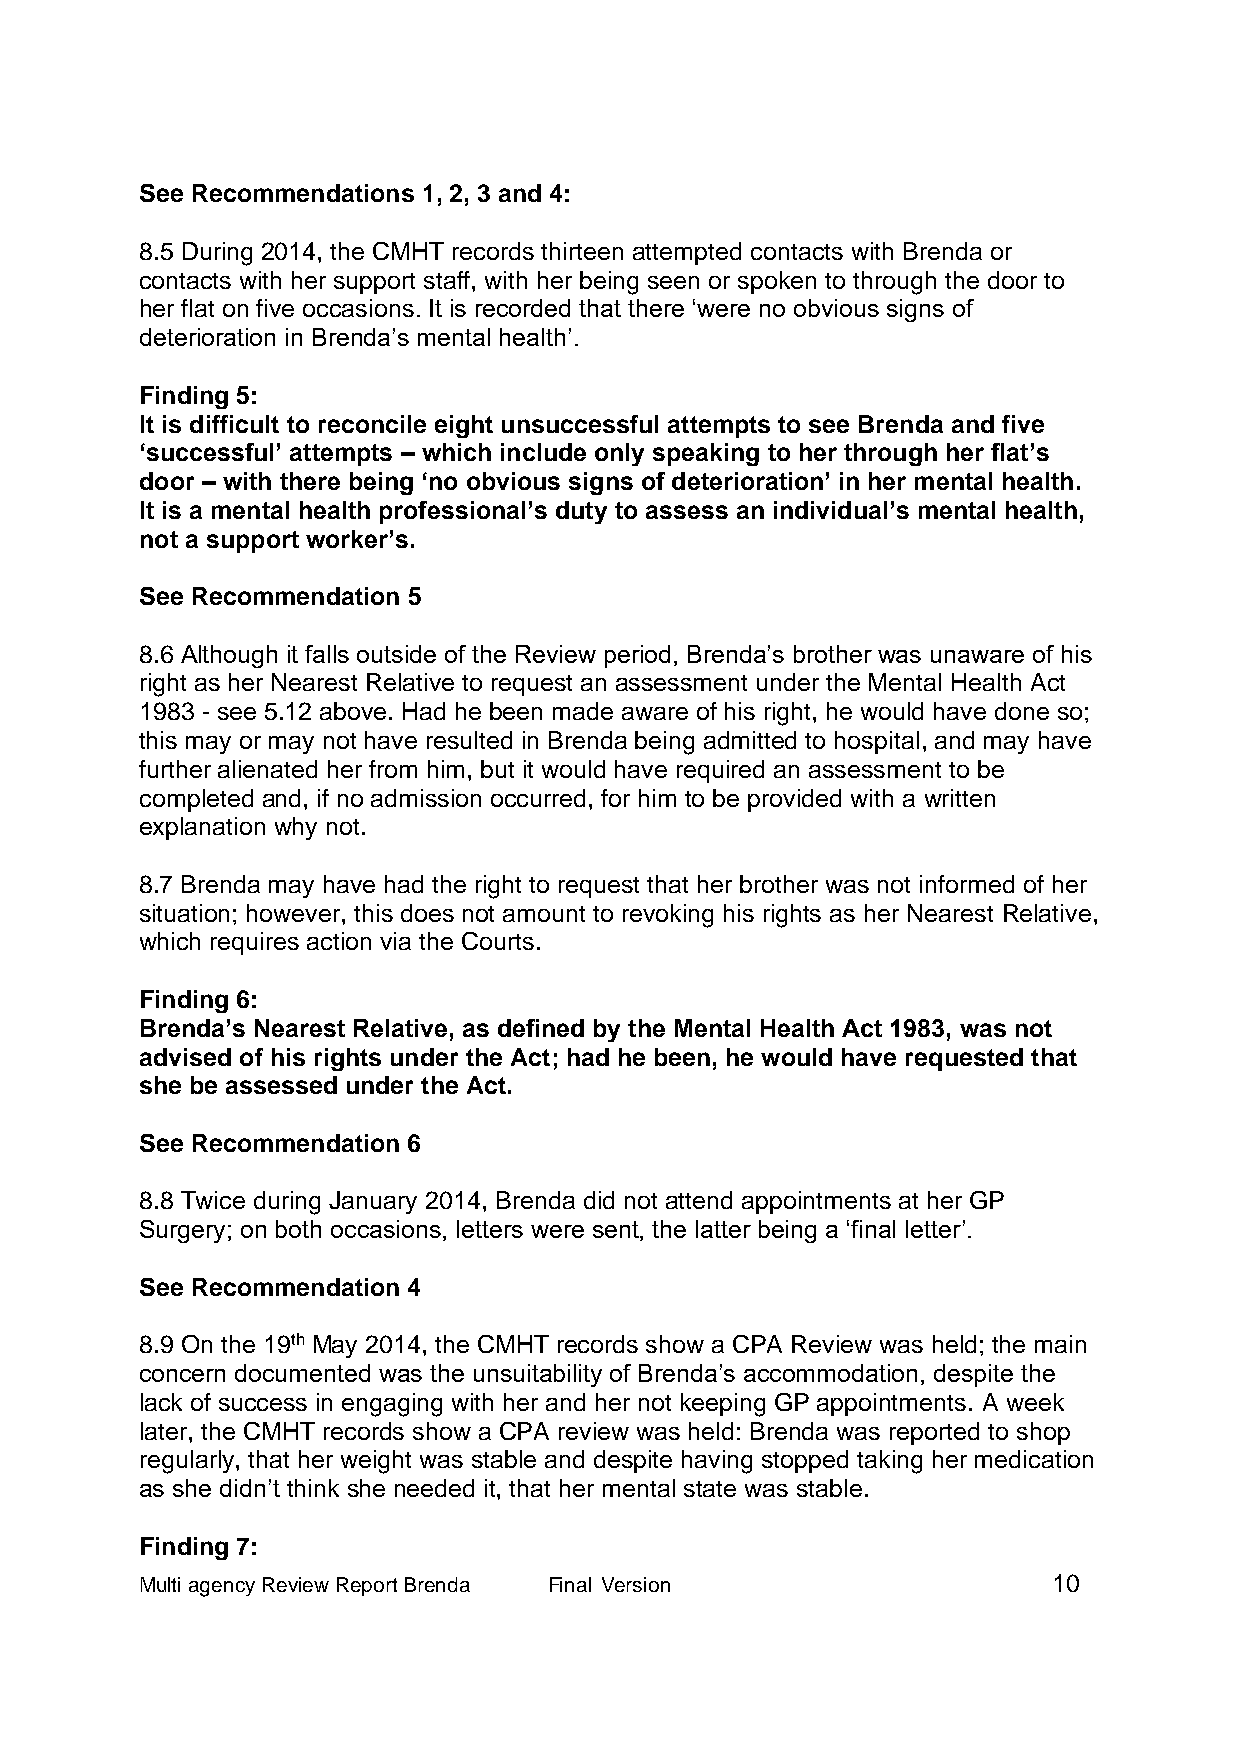
See Recommendations 1, 2, 3 and 4:
 8.5 During 2014, the CMHT records thirteen attempted contacts with Brenda or
 contacts with her support staff, with her being seen or spoken to through the door to
 her flat on five occasions. It is recorded that there ‘were no obvious signs of
 deterioration in Brenda’s mental health’.
 Finding 5:
 It is difficult to reconcile eight unsuccessful attempts to see Brenda and five
 ‘successful’ attempts – which include only speaking to her through her flat’s
 door – with there being ‘no obvious signs of deterioration’ in her mental health.
 It is a mental health professional’s duty to assess an individual’s mental health,
 not a support worker’s.
 See Recommendation 5
 8.6 Although it falls outside of the Review period, Brenda’s brother was unaware of his
 right as her Nearest Relative to request an assessment under the Mental Health Act
 1983 - see 5.12 above. Had he been made aware of his right, he would have done so;
 this may or may not have resulted in Brenda being admitted to hospital, and may have
 further alienated her from him, but it would have required an assessment to be
 completed and, if no admission occurred, for him to be provided with a written
 explanation why not.
 8.7 Brenda may have had the right to request that her brother was not informed of her
 situation; however, this does not amount to revoking his rights as her Nearest Relative,
 which requires action via the Courts.
 Finding 6:
 Brenda’s Nearest Relative, as defined by the Mental Health Act 1983, was not
 advised of his rights under the Act; had he been, he would have requested that
 she be assessed under the Act.
 See Recommendation 6
 8.8 Twice during January 2014, Brenda did not attend appointments at her GP
 Surgery; on both occasions, letters were sent, the latter being a ‘final letter’.
 See Recommendation 4
 8.9 On the 19th May 2014, the CMHT records show a CPA Review was held; the main
 concern documented was the unsuitability of Brenda’s accommodation, despite the
 lack of success in engaging with her and her not keeping GP appointments. A week
 later, the CMHT records show a CPA review was held: Brenda was reported to shop
 regularly, that her weight was stable and despite having stopped taking her medication
 as she didn’t think she needed it, that her mental state was stable.
 Finding 7:
 Multi agency Review Report Brenda Final Version              10